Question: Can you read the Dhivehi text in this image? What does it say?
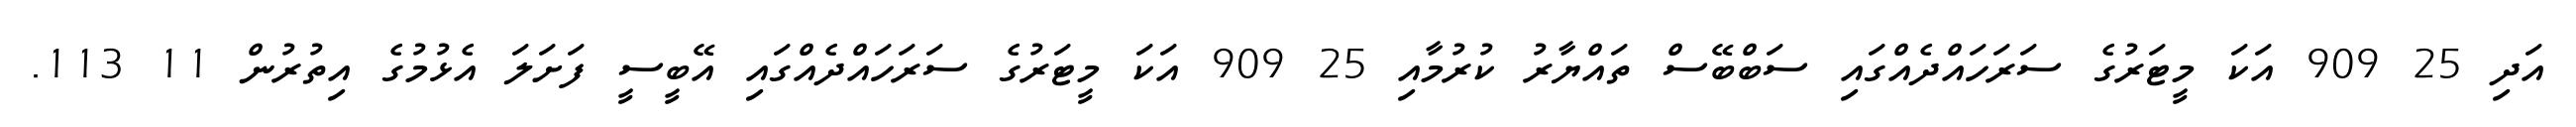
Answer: އަދި 25 909 އަކަ މީޓަރުގެ ސަރަހައްދެއްގައި ސަބްބޭސް ތައްޔާރު ކުރުމާއި 25 909 އަކަ މީޓަރުގެ ސަރަހައްދެއްގައި އޭބީސީ ފަށަލަ އެޅުމުގެ އިތުރުން 11 113.